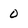
Character: 0